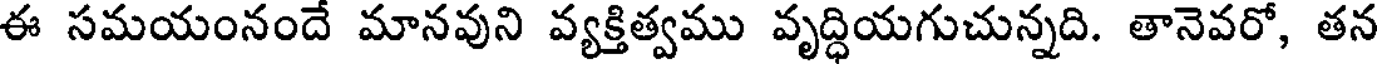
ఈ సమయంనందే మానవుని వ్యక్తిత్వము వృద్ధియగుచున్నది. తానెవరో, తన